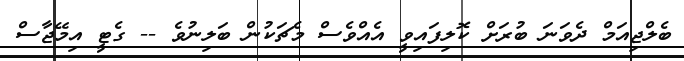
ބެލްޖިއަމް ދެވަނަ ބުރަށް ކޮލިފައިވީ އެއްވެސް މެޗަކުން ބަލިނުވެ -- ގެޓީ އިމޭޖާސް